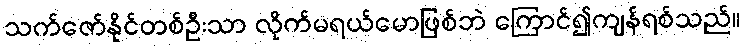
သက်ဇော်နိုင်တစ်ဦးသာ လိုက်မရယ်မောဖြစ်ဘဲ ကြောင်၍ကျန်ရစ်သည်။